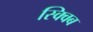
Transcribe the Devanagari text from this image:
स्क्विब